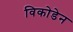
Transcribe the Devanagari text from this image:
विकोडेन